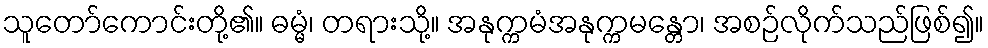
သူတော်ကောင်းတို့၏။ ဓမ္မံ၊ တရားသို့။ အနုက္ကမံအနုက္ကမန္တော၊ အစဉ်လိုက်သည်ဖြစ်၍။